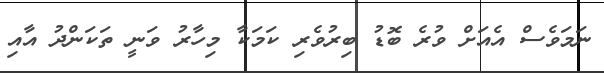
ނަމަވެސް އެއަށް ވުރެ ބޮޑު ބިރުވެރި ކަމަކާ މިހާރު ވަނީ ތަކަންދު އާއި